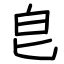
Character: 皀